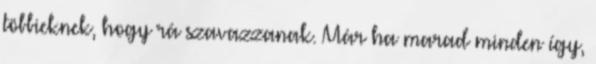
többieknek, hogy rá szavazzanak. Már ha marad minden így,